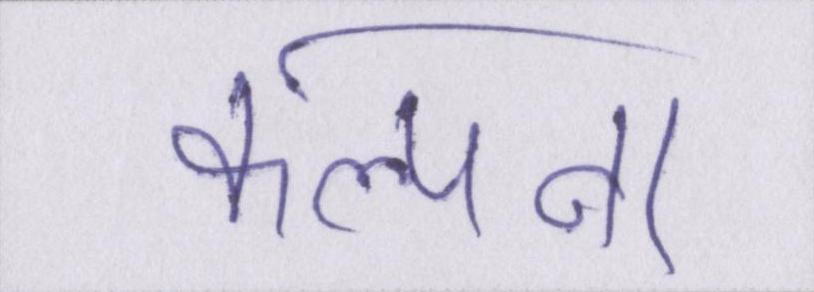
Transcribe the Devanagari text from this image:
कल्पना